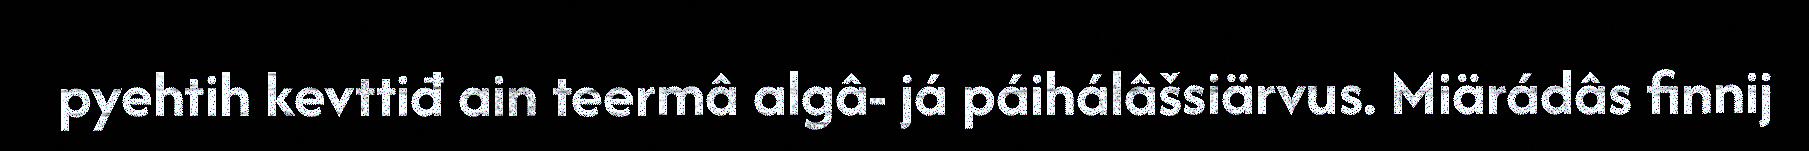
pyehtih kevttiđ ain teermâ algâ- já páihálâšsiärvus. Miärádâs finnij